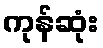
ကုန်ဆုံး